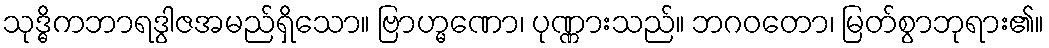
သုဒ္ဓိကဘာရဒွါဇအမည်ရှိသော။ ဗြာဟ္မဏော၊ ပုဏ္ဏားသည်။ ဘဂဝတော၊ မြတ်စွာဘုရား၏။